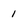
Character: 1